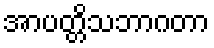
အာပတ္တိသဘာဂတာ